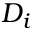
D _ { i }